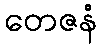
တေဇနံ